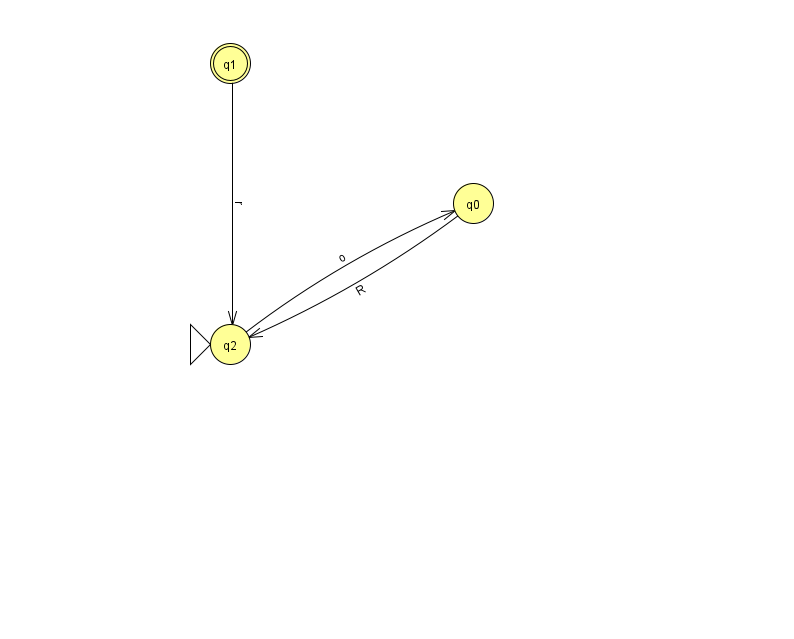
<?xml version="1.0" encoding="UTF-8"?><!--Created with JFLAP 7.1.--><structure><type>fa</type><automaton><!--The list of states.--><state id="0" name="q0"><x>473.0</x><y>190.0</y></state><state id="1" name="q1"><x>230.0</x><y>50.0</y><final/></state><state id="2" name="q2"><x>230.0</x><y>331.0</y><initial/></state><!--The list of transitions.--><transition><from>1</from><to>2</to><read>r</read></transition><transition><from>2</from><to>0</to><read>o</read></transition><transition><from>0</from><to>2</to><read>R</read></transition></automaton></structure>